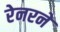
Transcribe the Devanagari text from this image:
रेनरने